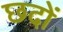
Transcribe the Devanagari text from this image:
छदों